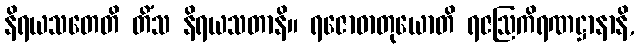
နိရယသတေတိ တိံသ နိရယသတာနိ။ ရဇောဓာတုယောတိ ရဇဩကိရဏဋ္ဌာနာနိ,